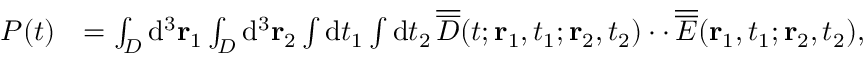
\begin{array} { r l } { P ( t ) } & { = \int _ { \cal D } \mathrm { d } ^ { 3 } { \bf r } _ { 1 } \int _ { \cal D } \mathrm { d } ^ { 3 } { \bf r } _ { 2 } \int \mathrm { d } t _ { 1 } \int \mathrm { d } t _ { 2 } \, \overline { { \overline { { D } } } } ( t ; { \bf r } _ { 1 } , t _ { 1 } ; { \bf r } _ { 2 } , t _ { 2 } ) \cdot \cdot \, \overline { { \overline { { E } } } } ( { \bf r } _ { 1 } , t _ { 1 } ; { \bf r } _ { 2 } , t _ { 2 } ) , } \end{array}